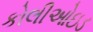
કોલીઓઇડ